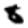
Digit: 8